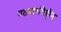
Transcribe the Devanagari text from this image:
पतवारविहीन